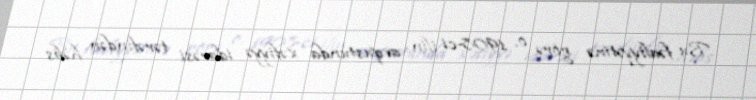
Bu fəaliyyətinə görə o, 1908-ci ilin avqustunda xəfiyyə idarəsi tərəfindən həbs